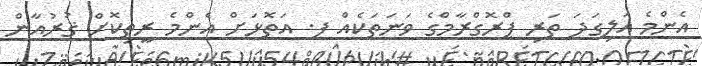
އެންމެ އަލިގަދަ ތަރި ޕްރޮގްރާމްގެ ވަނަތަކެއް ފ. އަތޮޅަށް އެންމެ ރީތިކޮށް ޤުރުއާން